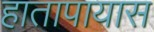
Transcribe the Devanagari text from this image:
हातापायास